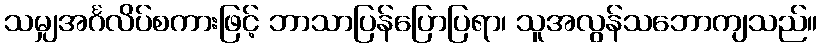
သမျှအင်္ဂလိပ်စကားဖြင့် ဘာသာပြန်ပြောပြရာ၊ သူအလွန်သဘောကျသည်။